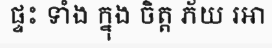
ផ្ទះ ទាំង ក្នុង ចិត្ត ភ័យ រអា